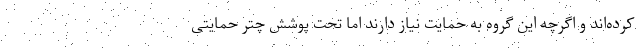
کرده‌اند و اگرچه این گروه به حمایت نیاز دارند اما تحت پوشش چتر حمایتی